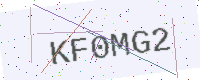
Text: KF0MG2